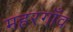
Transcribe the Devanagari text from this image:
महरगाँव